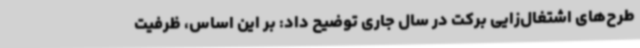
طرح‌های اشتغال‌زایی برکت در سال جاری توضیح داد: بر این اساس، ظرفیت